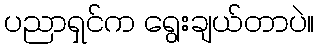
ပညာရှင်က ရွေးချယ်တာပဲ။